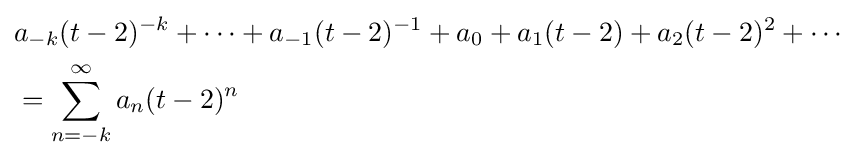
{\begin{aligned}&a_{-k}(t-2)^{-k}+\cdots +a_{-1}(t-2)^{-1}+a_{0}+a_{1}(t-2)+a_{2}(t-2)^{2}+\cdots \\&=\sum _{n=-k}^{\infty }a_{n}(t-2)^{n}\end{aligned}}